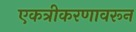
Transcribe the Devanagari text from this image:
एकत्रीकरणावरून